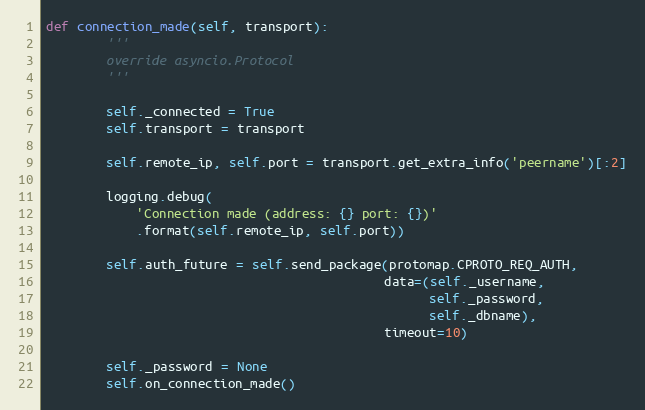
Language: Python
def connection_made(self, transport):
        '''
        override asyncio.Protocol
        '''

        self._connected = True
        self.transport = transport

        self.remote_ip, self.port = transport.get_extra_info('peername')[:2]

        logging.debug(
            'Connection made (address: {} port: {})'
            .format(self.remote_ip, self.port))

        self.auth_future = self.send_package(protomap.CPROTO_REQ_AUTH,
                                             data=(self._username,
                                                   self._password,
                                                   self._dbname),
                                             timeout=10)

        self._password = None
        self.on_connection_made()